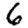
Digit: 6